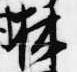
林